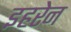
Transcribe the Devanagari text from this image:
इहरेन